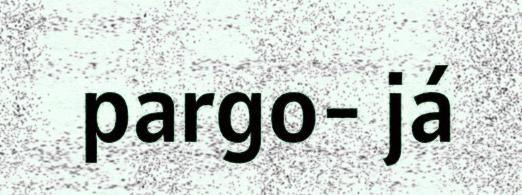
pargo- já